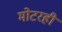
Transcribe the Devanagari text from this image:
मोटरही